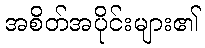
အစိတ်အပိုင်းများ၏